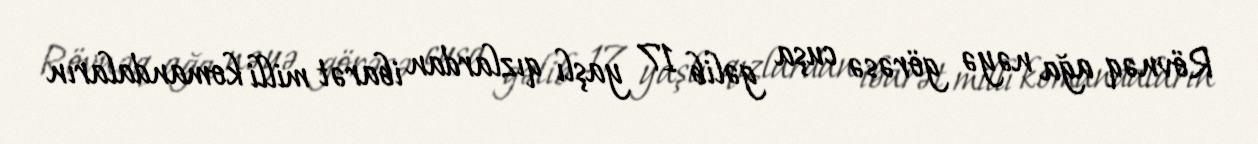
Rövnəq ağa nəyə görəsə cuşa gəlib 17 yaşlı qızlardan ibarət milli komandaların